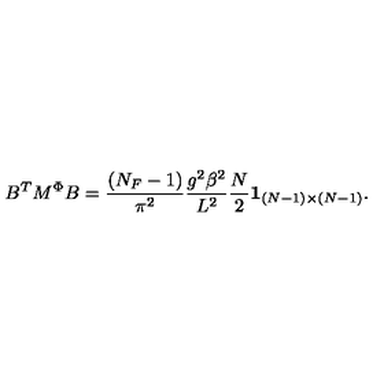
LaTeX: B ^ { T } M ^ { \Phi } B = { \frac { ( N _ { F } - 1 ) } { \pi ^ { 2 } } } { \frac { g ^ { 2 } \beta ^ { 2 } } { L ^ { 2 } } } { \frac { N } { 2 } } { \bf 1 } _ { ( N - 1 ) \times ( N - 1 ) } .